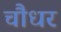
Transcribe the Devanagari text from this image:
चौधर